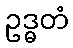
ဥဒ္ဓတံ